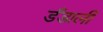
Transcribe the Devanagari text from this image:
डँडाली